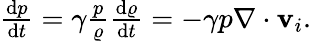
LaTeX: \begin{array}{r}{\frac{\textrm{d}p}{\textrm{d}t}=\gamma\frac{p}{\varrho}\frac{\textrm{d}\varrho}{\textrm{d}t}=-\gamma p\nabla\cdot\mathbf{v}_{i}.}\end{array}